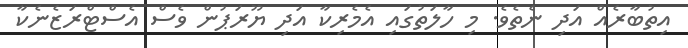
އިތުބާރެއް އަދި ނެތެވެ. މި ހާލަތުގައި އެމެރިކާ އަދި ޔޫރަޕުން ވެސް އެސްޓްރަޒެނެކާ